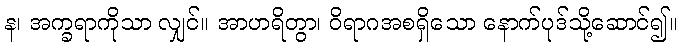
န၊ အက္ခရာကိုသာ လျှင်။ အာဟရိတွာ၊ ဝိရာဂအစရှိသော နောက်ပုဒ်သို့ဆောင်၍။